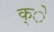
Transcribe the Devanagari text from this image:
क्े